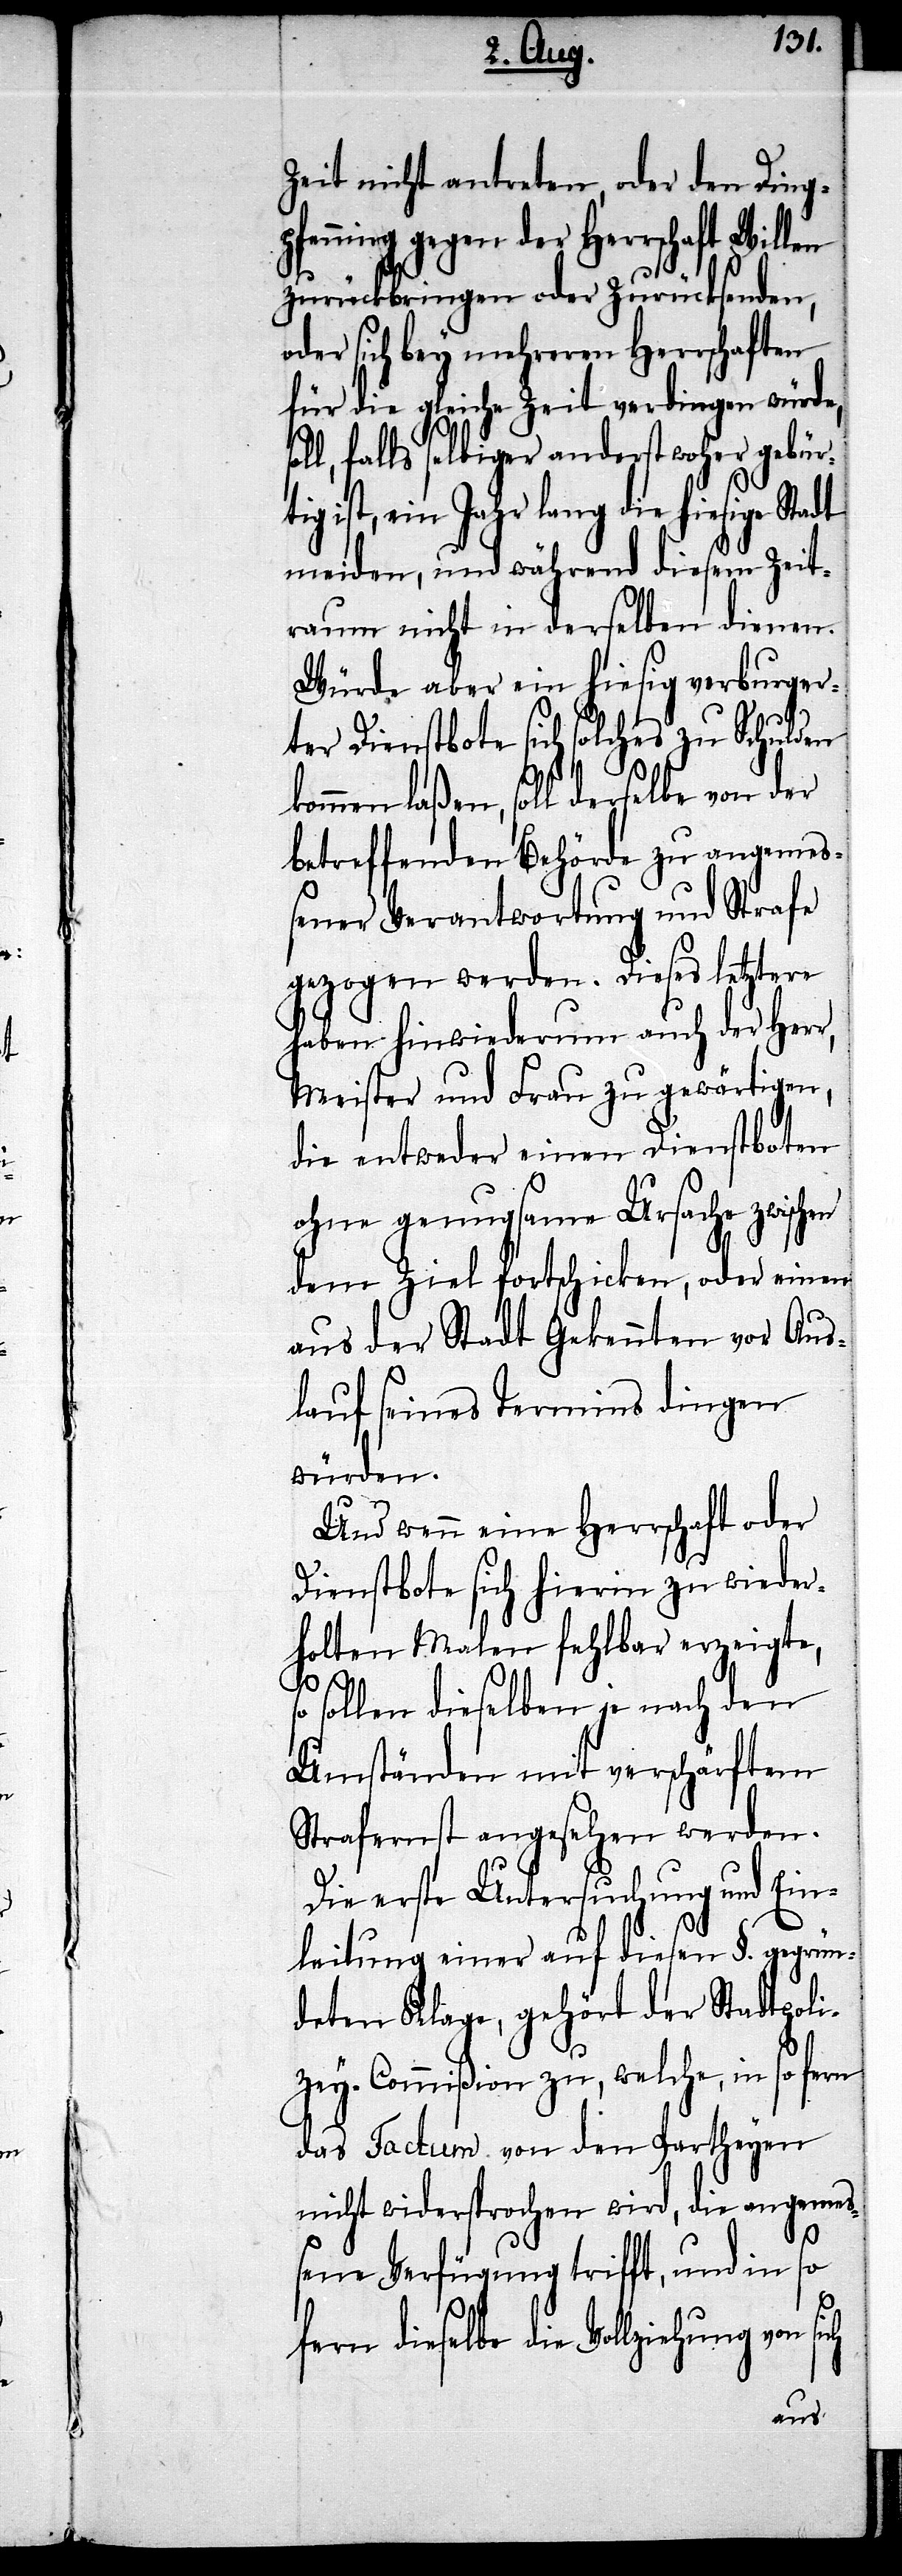
Zeit nicht antreten, oder den Ding¬
pfennig gegen der Herrschaft Willen
zurückbringen oder zurücksenden,
der sich bey mehreren Herrschaften
für die gleiche Zeit verdingen würde,
falls selbiger anderst woher gebür¬
ist, ein Jahr lang die hiesige Sta¬
meiden, und während diesem Zeit¬
raum nicht in derselben dienen.
Würde aber ein hiesig verburger¬
ter Dienstbote sich solches zu Schulden
kommen laßen, soll derselbe von der
betreffenden Behörde zu angemeß¬
ener Verantwortung und Strafe
gezogen werden. Dieses letztere
haben hinwiederum auch der Herr,
Meister und Frau zu gewärtigen,
die entweder einen Dienstboten
ohne genugsame Ursache zwischen
ich
dem Ziel fortschicken, oder einen
aus der Stadt Gekennten vor Aus¬
lauf seines Termin dingen
würden.
Und wenn eine Herrschaft oder
Dienstbote sich hierin zu wieder¬
holten Malen fehlbar erzeigte,
sollen dieselben je nach den
Umständen mit verschärftem
Strafernst angesehen werden.
Die erste Untersuchung und Ein¬
leitung einer auf diesen §. gegrün¬
deten Klage, gehört der Stadtpoli¬
zey-Commißion zu, welche, in so fe¬
das Factum von den Partheyen
nicht widersprochen wird, die angemeß¬
ene Verfügung trifft, und in so
fern dieselbe die Vollziehung von s¬